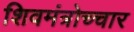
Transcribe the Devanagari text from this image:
शिवमंत्रोच्चार